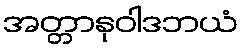
အတ္တာနုဝါဒဘယံ